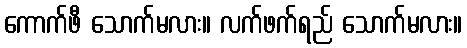
ကောက်ဖီ သောက်မလား။ လက်ဖက်ရည် သောက်မလား။